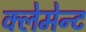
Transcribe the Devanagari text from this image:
क्लेमेन्ट